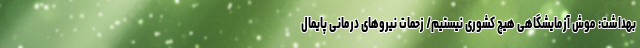
بهداشت: موش آزمایشگاهی هیچ کشوری نیستیم/ زحمات نیروهای درمانی پایمال